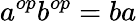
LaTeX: a^{op}b^{op}=ba